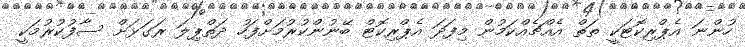
ހުންނަ އެޕްރިކޮޓަކީ ތަތް އެއްޗެއްކަމުން މިފަދަ އެޕްރިކޮޓް ބޭނުންކުރުމަށްފަހު ދަތްޕިލަ ރަގަޅަށް ސާފުކުރުމަކީ